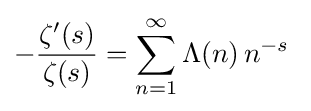
-{\frac {\zeta '(s)}{\zeta (s)}}=\sum _{n=1}^{\infty }\Lambda (n)\,n^{-s}\;